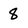
Character: 8